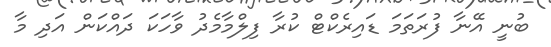
ބުނީ އޭނާ ފުރަތަމަ ޑައިރެކްޓް ކުރާ ފިލްމާމެދު ވާހަކަ ދައްކަން އަދި މާ